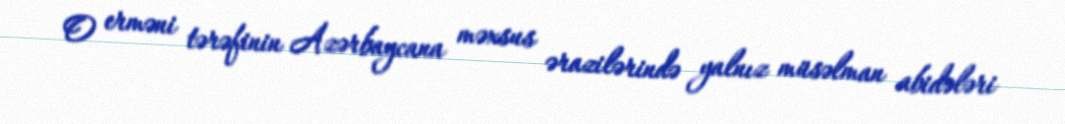
O erməni tərəfinin Azərbaycana məxsus ərazilərində yalnız müsəlman abidələri